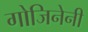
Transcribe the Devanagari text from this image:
गोजिनेनी